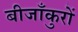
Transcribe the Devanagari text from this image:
बीजाँकुरों